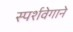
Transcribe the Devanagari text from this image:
स्पर्शवेगाने